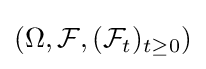
(\Omega ,{\mathcal {F}},({\mathcal {F}}_{t})_{t\geq 0})